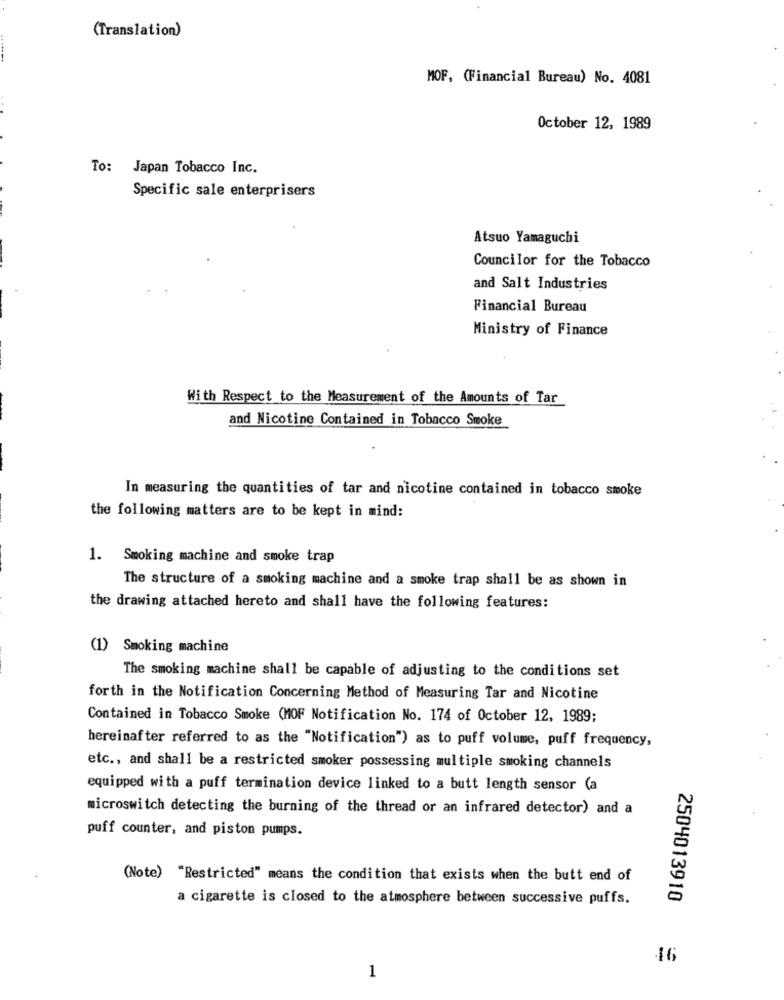
(Translation)
MOF, (Financial Bureau) No. 4081
October 12, 1989
To: Japan Tobacco Inc.
Specific sale enterprisers
Atsuo Yamaguchi
Councilor for the Tobacco
and Salt Industries
Financial Bureau
Ministry of Finance
With Respect to the Measurement of the Amounts of Tar
and Nicotine Contained in Tobacco Smoke
In measuring the quantities of tar and nicotine contained in tobacco smoke
the following matters are to be kept in mind:
1. Smoking machine and smoke trap
The structure of a smoking machine and a smoke trap shall be as shown in
the drawing attached hereto and shall have the following features:
(1) Smoking machine
The smoking machine shall be capable of adjusting to the conditions set
forth in the Notification Concerning Method of Measuring Tar and Nicotine
Contained in Tobacco Smoke (MOF Notification No. 174 of October 12, 1989;
hereinafter referred to as the "Notification") as to puff volume, puff frequency,
etc ., and shall be a restricted smoker possessing multiple smoking channels
equipped with a puff termination device linked to a butt length sensor (a
microswitch detecting the burning of the thread or an infrared detector) and a
puff counter, and piston pumps.
(Note) "Restricted" means the condition that exists when the butt end of
a cigarette is closed to the atmosphere between successive puffs.
2504013910
46
1